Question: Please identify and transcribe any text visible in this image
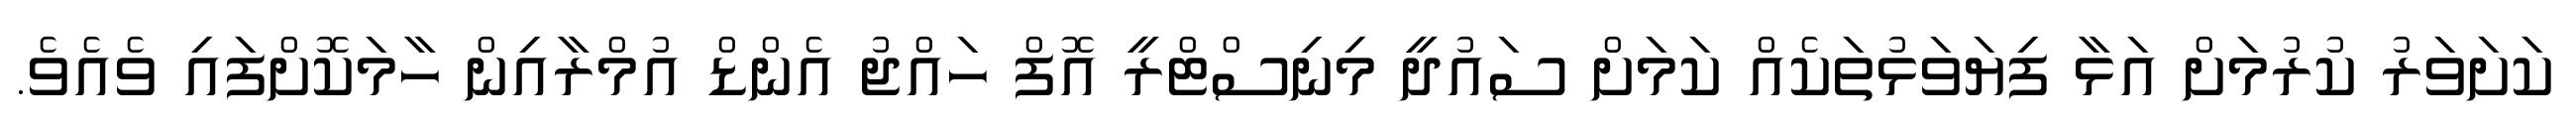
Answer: ކަށަވަރު ކުރުމަށް އަޅާ ފިޔަވަޅުތަކެއް ކަމަށް ސައުދީ މިނިސްޓްރީ އޮފް ހައްޖު އެންޑް އުމްރާއިން ހާމަކޮށްފައި ވެއެވެ.